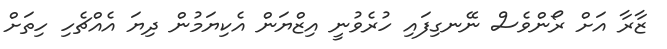
ޒާރާ އަށް ރޯންވެސް ނޭނގިފައި ހުރެވުނީ އިޒްޔަން އެކިޔަމުން ދިޔަ އެއްޗެހި ހިތަށް